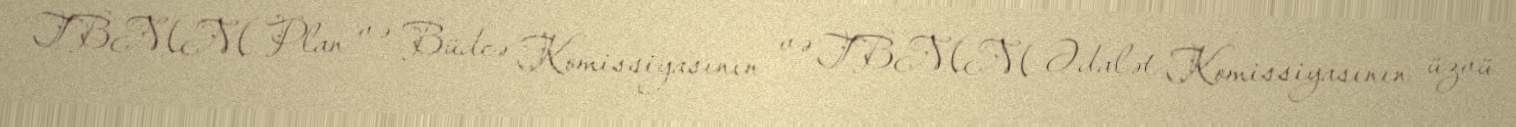
TBMM Plan və Büdcə Komissiyasının və TBMM Ədalət Komissiyasının üzvü